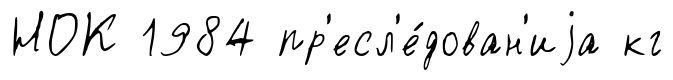
НОК 1984 пр'есл'е́дован'иjа кг